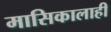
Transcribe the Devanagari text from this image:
मासिकालाही